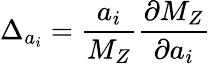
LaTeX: \Delta_{a_{i}}={\frac{a_{i}}{M_{Z}}}{\frac{\partial M_{Z}}{\partial a_{i}}}